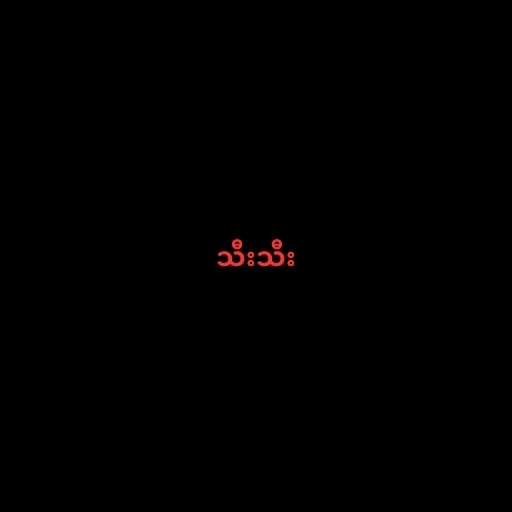
သီးသီး